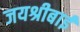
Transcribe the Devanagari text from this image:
जयश्रीबाई